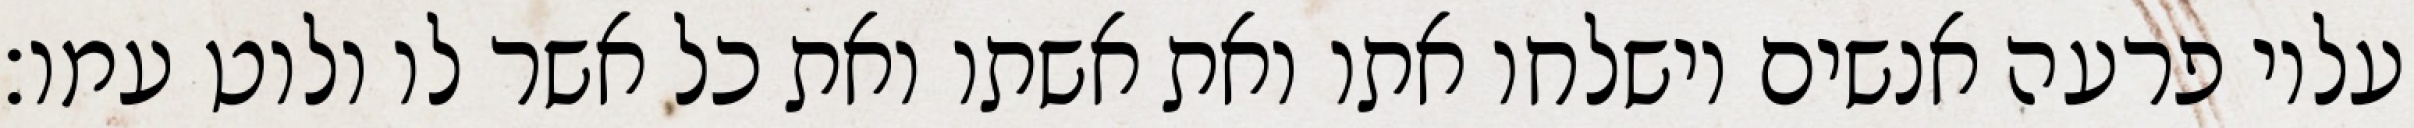
עליו פרעה אנשים וישלחו אתו ואת אשתו ואת כל אשר לו ולוט עמו׃